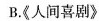
B.《人间喜剧》